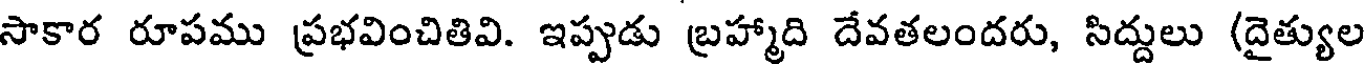
సాకార రూపము ప్రభవించితివి. ఇప్పుడు బ్రహ్మాది దేవతలందరు, సిద్దులు (దైత్యుల